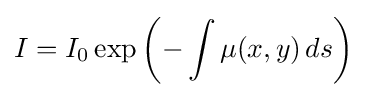
I=I_{0}\exp \left({-\int \mu (x,y)\,ds}\right)